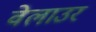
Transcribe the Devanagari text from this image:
वेलाउर